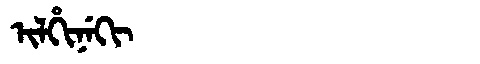
Manchu: ᡳᠯᡥᡳᠨᡝᡴᡳ
Romanization: ILHINEKI